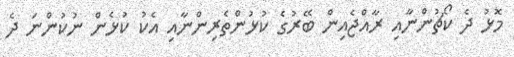
މޮޅު ދެ ކޯޗުންނާއި ރާއްޖެއިން ބޭރުގެ ކުޅުންތެރިންނާއި އެކު ކުޅެން ނުކުންނަ ދެ